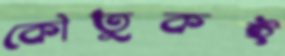
কৌতুকই